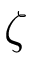
\zeta